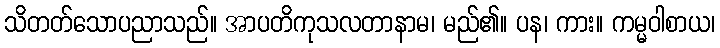
သိတတ်သောပညာသည်။ အာပတိကုသလတာနာမ၊ မည်၏။ ပန၊ ကား။ ကမ္မဝါစာယ၊